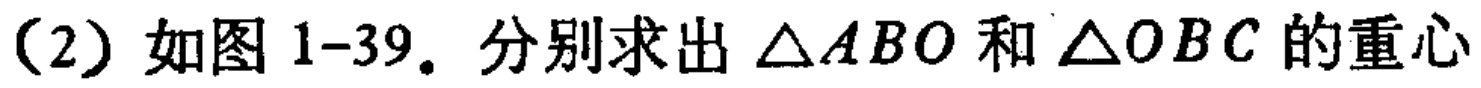
（2）如图1-39. 分别求出\(\triangle ABO\)和\(\triangle OBC\)的重心